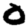
Digit: 0